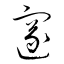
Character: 邃